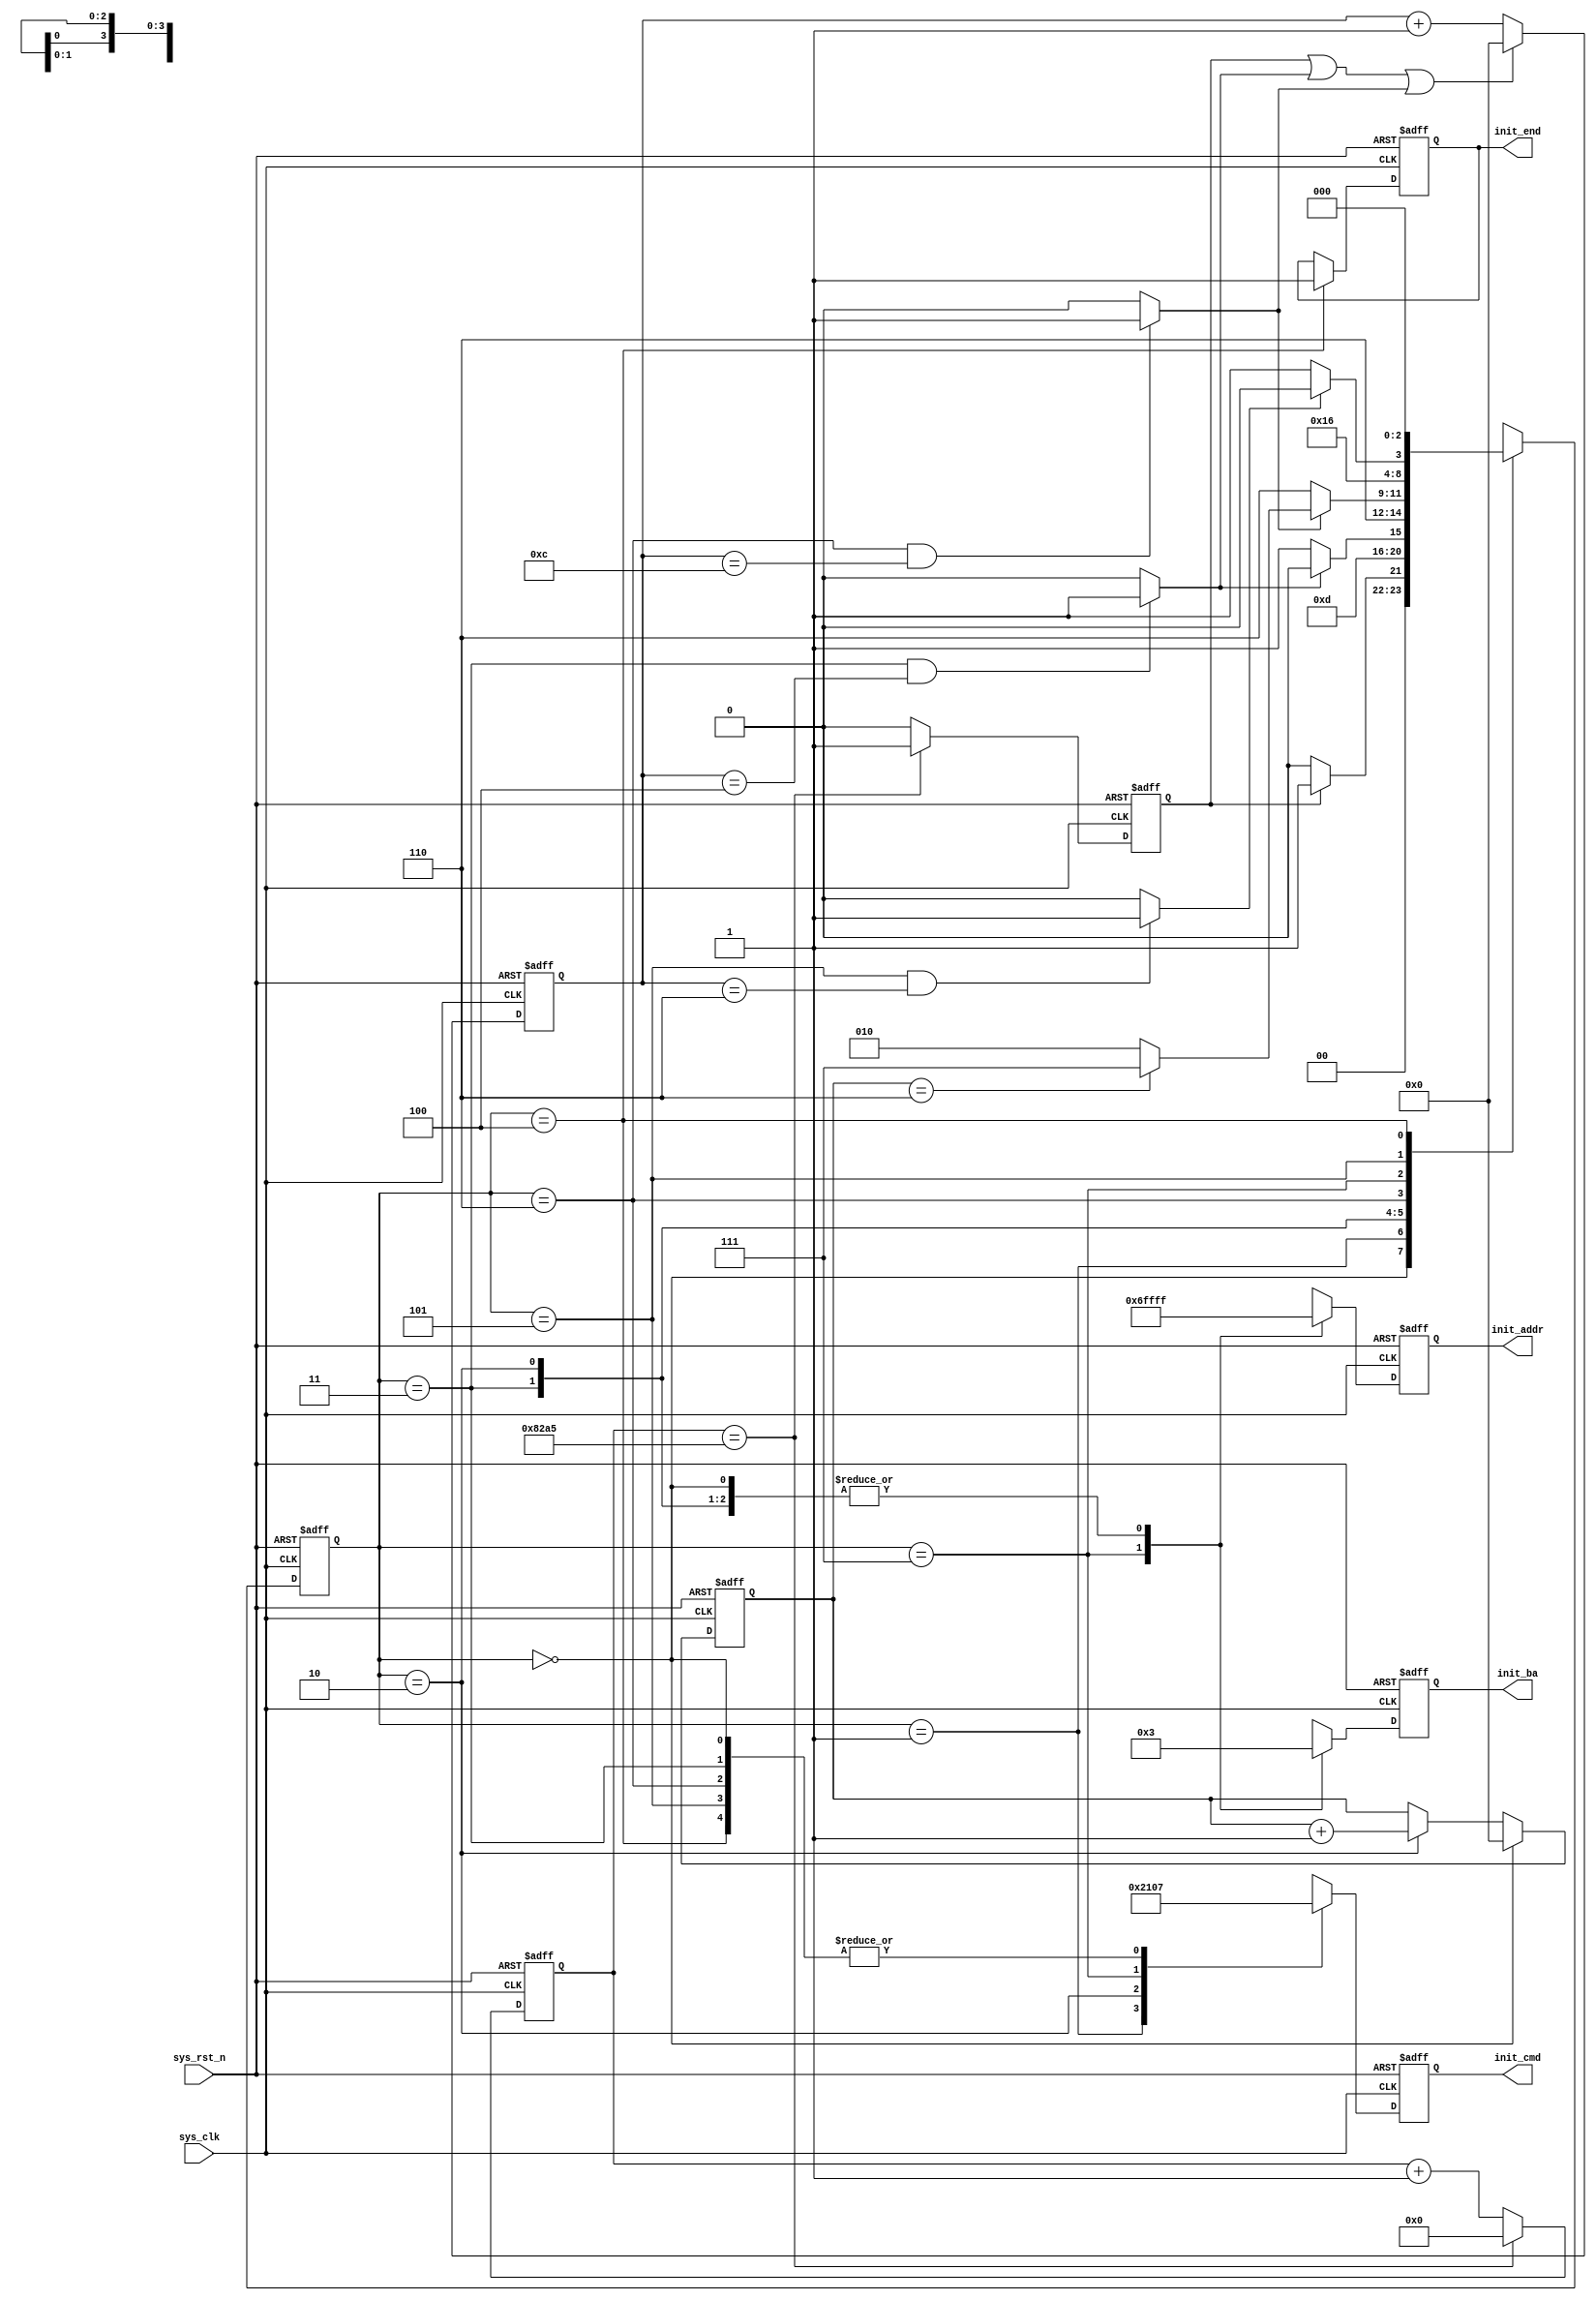
`timescale 1ps/1ps
module sdram_init (
	input 					sys_clk		,    	//	   167MHZ,period = 5.98ns
	input 					sys_rst_n	,  		// 		
	output	reg	[3:0]		init_cmd	,		//	 cs_n ras_n cas_n we_n
	output 	reg [12:0]		init_addr	,		//	
	output  reg [1:0] 		init_ba		,		//  bank
	output  reg  			init_end			//  
	
);

//parameter  define
//sdram
localparam  	NOP 	= 	 4'b0111		,		//
				PRE  	= 	 4'b0010		,		//
				AREF 	=	 4'b0001		,		//
				LMR 	= 	 4'b0000		,		// 
				ACT 	=	 4'b0011		,		//
				RD		=	 4'b0101		,		//
				WR 		=	 4'b0100		,		//23
				BR_T	=	 4'b0110		;		//

//
 localparam		cnt_pow		=		'd33445	,	 	//200MHZ				'd40000		,		//200us
 				cnt_rp 		=		'd4 	, 		//200MHZ				'd4			,		//20ns
 				cnt_rfc 	=		'd12	, 		//200MHZ				'd14		,		//70ns
 				cnt_mrd 	=		'd6 	;		//200MHZ				'd6			;		//30ns

// 8
localparam 		INIT_IDLE	=	3'b000		,		//
				INIT_PRE 	=	3'b001		,		//
				INIT_TRP 	=	3'b011		,		// trp	
				INIT_AREF 	=	3'b010		,		//		
				INIT_TRFC 	=	3'b110		,		//	trfc	
				INIT_LMR 	=	3'b111		,		//	
				INIT_TMRD 	=	3'b101		,		//	tmrd
				INIT_END 	=	3'b100		;		//	
//2
localparam				aref_num  =     6;

//
localparam 		init_lmrset = {	3'b000		,		//A12-A10: 
								1'b0		,		//A9     : 0:&1:&
								2'b00		,		//{A8A7}: 
								3'b011		,		//{A6A5A4} CAS 010: 2  011: 3 ,:
								1'b0		,		//A3    0: 1: 
								3'b111				//{A2,A1,A0}=111:,000:,001:2
													//010:4,011:8,111:,:
							  };
//reg define

reg 	[15:0]	cnt_200us			;			//

//  
reg		[2:0]	init_state_cs		;			//  
reg		[2:0]	init_state_ns		;			//  

reg				pow_end			;			//
reg				pre_end			;			//
reg				aref_end		;			//
reg				mrd_end			;			//

reg 	[3:0]	cnt_clk			;			//
//reg 			cnt_clk_rst_n	;			// 

reg 	[3:0]	cnt_init_aref	;			//


//SDRAM200us
always @(posedge sys_clk or negedge sys_rst_n) begin 
	if(~sys_rst_n) begin
		 cnt_200us	<= 0;
		 pow_end	<= 0;
	end 
	else if(cnt_200us == cnt_pow) begin
		 cnt_200us	<= 	0 	;
		 pow_end	<=	1 	;
	end
	else	begin
		cnt_200us	<=	cnt_200us + 1'b1	;
		pow_end		<=	0 					;
	end
end

//cnt_clk:
always @(posedge sys_clk or negedge sys_rst_n) begin 
	if(~sys_rst_n) begin
		cnt_clk <= 0 	;
	end 
	else if(pow_end == 1 || pre_end == 1 || aref_end == 1 ) begin
		 cnt_clk <=	0  	;
	end
	else
		cnt_clk 	<=	cnt_clk + 1;
end


//cnt_init_aref:
always @(posedge sys_clk or negedge sys_rst_n) begin 
	if(~sys_rst_n) begin
		 cnt_init_aref 		<= 	0 	;
	end 
	else if(init_state_cs == INIT_IDLE) begin		//
		 cnt_init_aref 		<= 	0 	;
	end
	else if (init_state_cs == INIT_AREF) begin
		cnt_init_aref		<=	cnt_init_aref	+ 1'b1	;
	end
	else
		cnt_init_aref 		<=	cnt_init_aref			;
end

//
//pre_end
always@(*)	begin
	if(init_state_cs == INIT_TRP && cnt_clk == cnt_rp)
				pre_end 		= 			1 	;
	else
				pre_end			=			0 	;
end

//
//aref_end
always@(*)	begin
	if(init_state_cs == INIT_TRFC && cnt_clk == cnt_rfc)
				aref_end 		= 			1 	;
	else
				aref_end			=			0 	;
end


//
//mrd_end
always@(*)	begin
	if(init_state_cs == INIT_TMRD && cnt_clk == cnt_mrd)
				mrd_end	 	 		= 			1 	;
	else
				mrd_end				=			0 	;
end

// 
//
always @(posedge sys_clk or negedge sys_rst_n) begin 
	if(~sys_rst_n) begin
		 init_state_cs <= INIT_IDLE;
	end 
	else begin
		 init_state_cs <= init_state_ns ;
	end
end


//
always@(*) begin
	case(init_state_cs)
		INIT_IDLE	:
						if(pow_end == 1)
							init_state_ns	=	INIT_PRE	;
						else
							init_state_ns	=	INIT_IDLE	;

		INIT_PRE	:
							init_state_ns	=	INIT_TRP	;
							
		INIT_TRP	:
						if(pre_end == 1)
							init_state_ns	=	INIT_AREF	;
						else
							init_state_ns	=	INIT_TRP	;

		INIT_AREF:  	 	init_state_ns 	= 	INIT_TRFC	; 

		INIT_TRFC	://
						if(aref_end == 1)	//	
							if(cnt_init_aref == aref_num)
							 		init_state_ns	=	INIT_LMR	;
							else
									init_state_ns   = 	INIT_AREF 	;
						else
							init_state_ns	=	INIT_TRFC	;

		INIT_LMR 	: 		init_state_ns	=	INIT_TMRD 	;

		INIT_TMRD	:
						if(mrd_end == 1)
							init_state_ns	=	INIT_END	;
						else
							init_state_ns	=	INIT_TMRD	;
		INIT_END	:
							init_state_ns   =   INIT_IDLE	;
		default:
							init_state_ns 	= 	INIT_IDLE	;
	endcase // init_state_cs

end


//
always @(posedge sys_clk or negedge sys_rst_n) begin 
	if(~sys_rst_n) begin
				init_cmd	 <= NOP				;
			    init_ba		 <= 2'b11			;
			    init_addr 	 <= 13'h1fff		;
		 		init_end 	<= 1'b0 	;	
	end 
	else begin
		 case (init_state_cs)
		 	INIT_IDLE,INIT_TRP,INIT_TRFC,INIT_TMRD: begin
		 		 			init_cmd	 <= NOP				;
			     			init_ba		 <= 2'b11			;
			     			init_addr 	 <= 13'h1fff		;
		 	end
				
			INIT_PRE	: begin
						  	init_cmd	 <= PRE				;
			     			init_ba		 <= 2'b11			;
			     			init_addr 	 <= 13'h1fff		;
			end

			INIT_AREF 	:	begin
							init_cmd	 <= AREF			;
			     			init_ba		 <= 2'b11			;
			     			init_addr 	 <= 13'h1fff		;
			end			
							
			INIT_LMR	: 	begin
							init_cmd	 <= LMR				;
			     			init_ba		 <= 2'b00			;	//1100
			     			init_addr 	 <= init_lmrset		;
			end
			

			INIT_END	: begin
		 		 			init_cmd	 <= NOP				;
			     			init_ba		 <= 2'b11			;
			     			init_addr 	 <= 13'h1fff		;
			     			init_end	 <=	1'b1 			;
		 	end
		 	default : /* default */begin
		 					init_cmd	 <= NOP				;
			     			init_ba		 <= 2'b11			;
			     			init_addr 	 <= 13'h1fff		;
		 	end
		 endcase
	end
end




endmodule